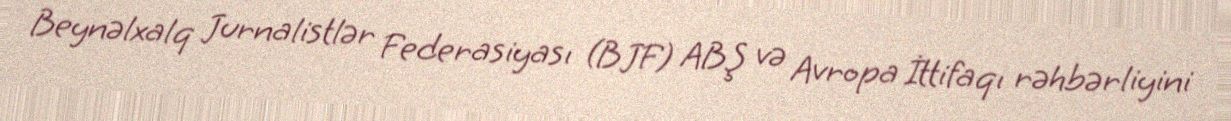
Beynəlxalq Jurnalistlər Federasiyası (BJF) ABŞ və Avropa İttifaqı rəhbərliyini